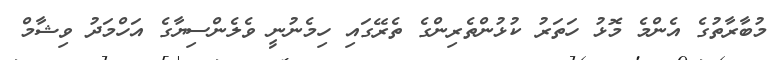
މުބާރާތުގެ އެންމެ މޮޅު ހަތަރު ކުޅުންތެރިންގެ ތެރޭގައި ހިމެނުނީ ވެލެންސިޔާގެ އަހްމަދު ވިޝާމް